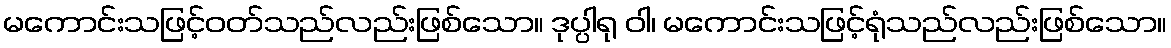
မကောင်းသဖြင့်ဝတ်သည်လည်းဖြစ်သော။ ဒုပ္ပါရု ဝါ၊ မကောင်းသဖြင့်ရုံသည်လည်းဖြစ်သော။